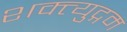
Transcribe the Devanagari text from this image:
शक्त्युद्गम